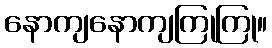
နောကျနောကျကြုကြု။